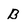
Character: B